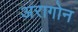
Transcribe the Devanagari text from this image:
अरागोन